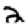
Digit: 2